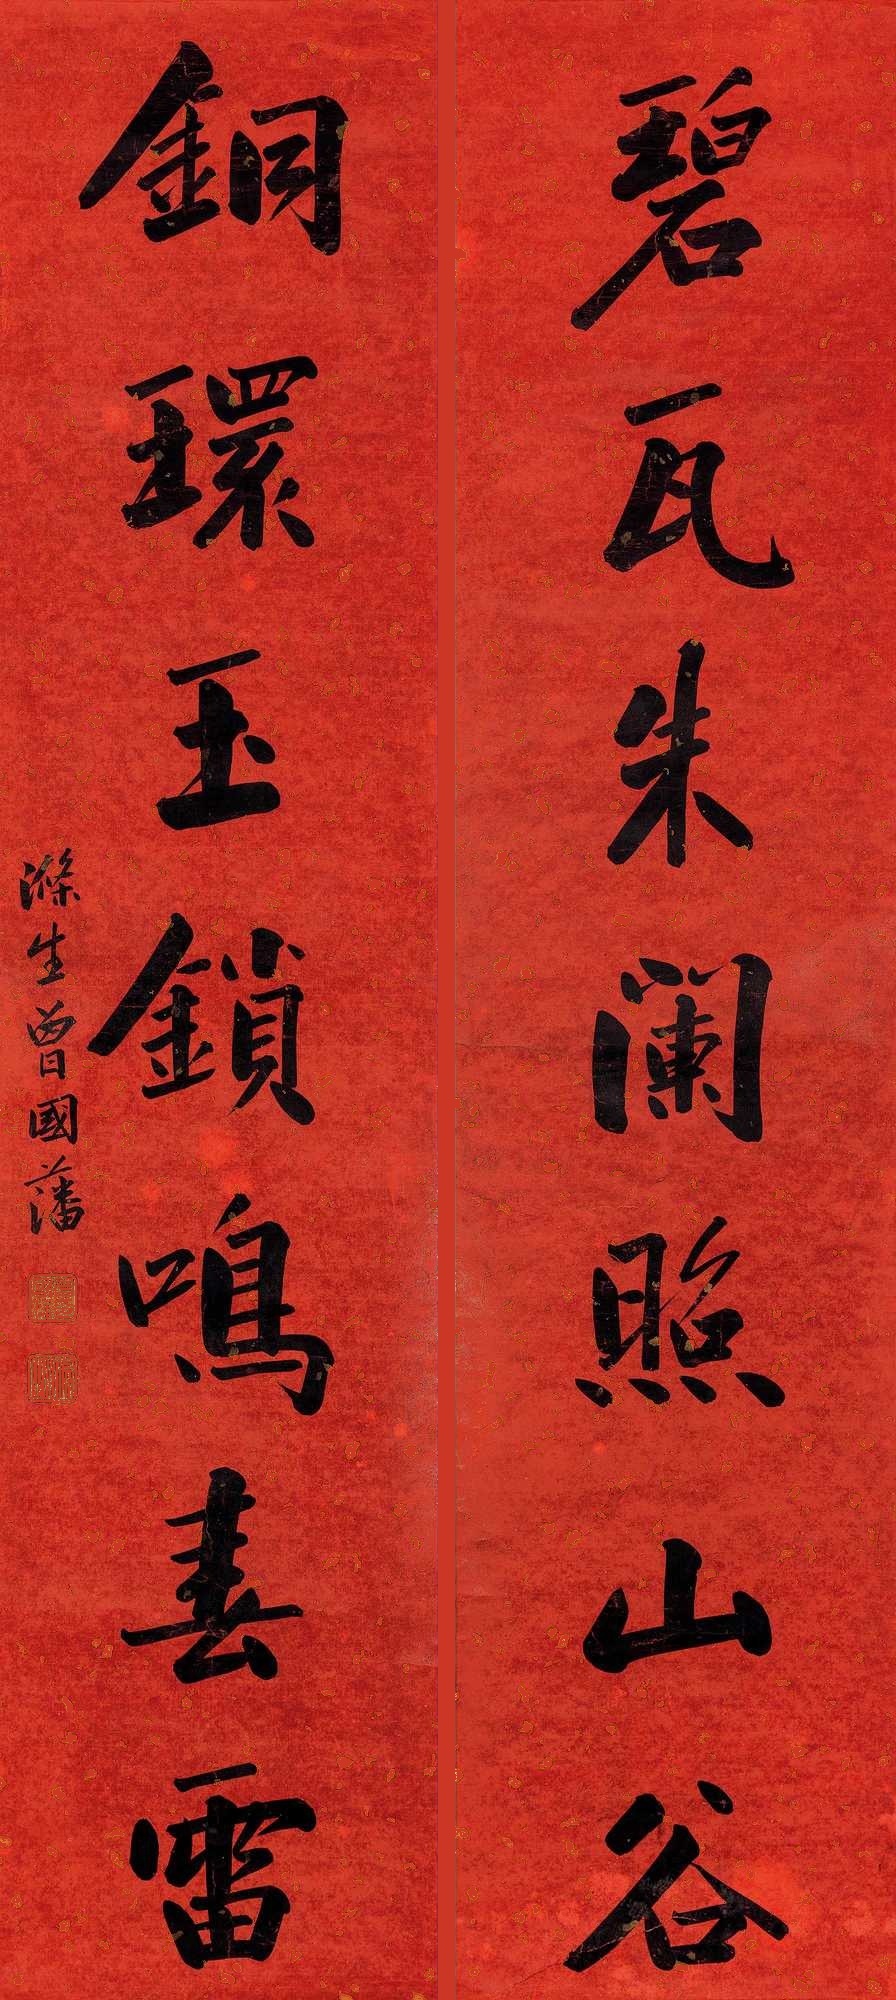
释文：碧瓦朱阑照山谷，铜环玉锁鸣春雷。涤生曾国藩。